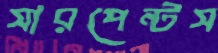
সারপেন্টস